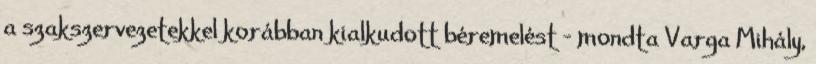
a szakszervezetekkel korábban kialkudott béremelést - mondta Varga Mihály,